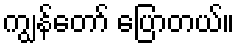
ကျွန်တော် ပြောတယ်။